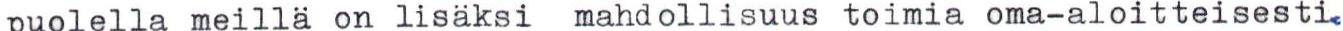
puolella meillä on lisäksi mahdollisuus toimia oma-aloitteisesti.